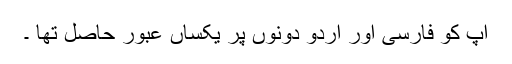
آپ کو فارسی اور اردو دونوں پر یکساں عبور حاصل تھا ۔